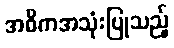
အဓိကအသုံးပြုသည့်